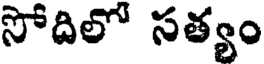
సోదిలో సత్యం